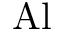
\mathrm { A l }